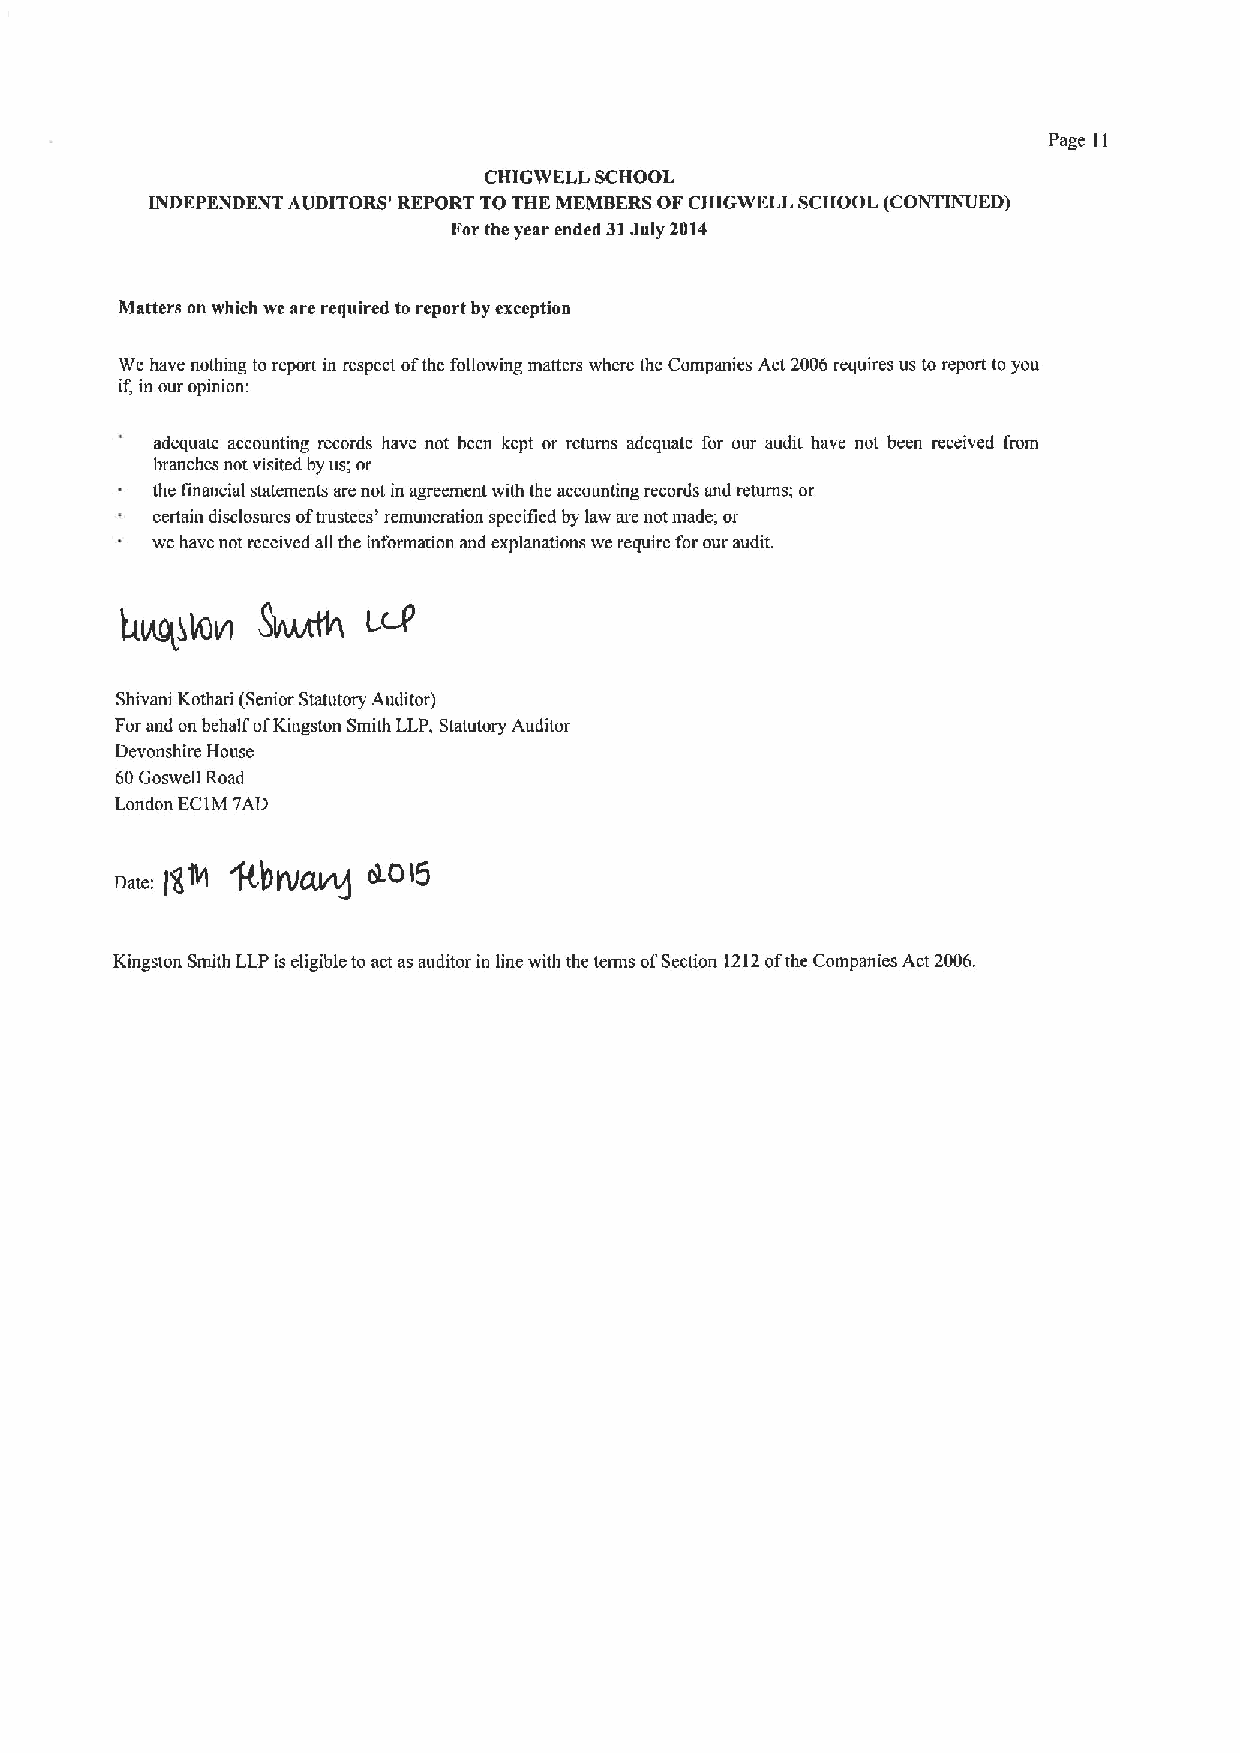
Page ll
 CHIGWELL SCBOOL
 INDEPENDENT AUDITORS' REPORT TO THE MEMBERS OF CHIGWKLL SCHOOL (CONTINUED)
 For the year ended 31July 2014
 Matters on which we are required to report by exception
 We have nothmg to report in respect ofthe following matters where the Companies Act 2006 requires us to report to you
 if, in our opinion
 adequate accounting records have not been kept or returns adequate for our audtt have not been received from
 branches not visited by us; or
 the tinancial statements are not in agreement with the accounting records and returns; or
 certain disclosures oftrustees' remuneration spccificd by law are not made; or
 wchave not rcccived all the information and explanations we require for our audit.
 Shivani Kothari (Senior Statutory Auditor)
 Forand on behalf ofKingston Smith LLP, Statutory Auditor
 Devonshire House
 60Boswell Road
 London EClM 7AD
 Kingston Smith LLP is eligible to actas auditor in line with the terms ofSection 12I2ot'the Companies Act 2006.